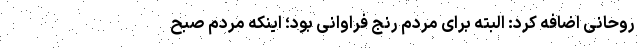
روحانی اضافه کرد: البته برای مردم رنج فراوانی بود؛ اینکه مردم صبح